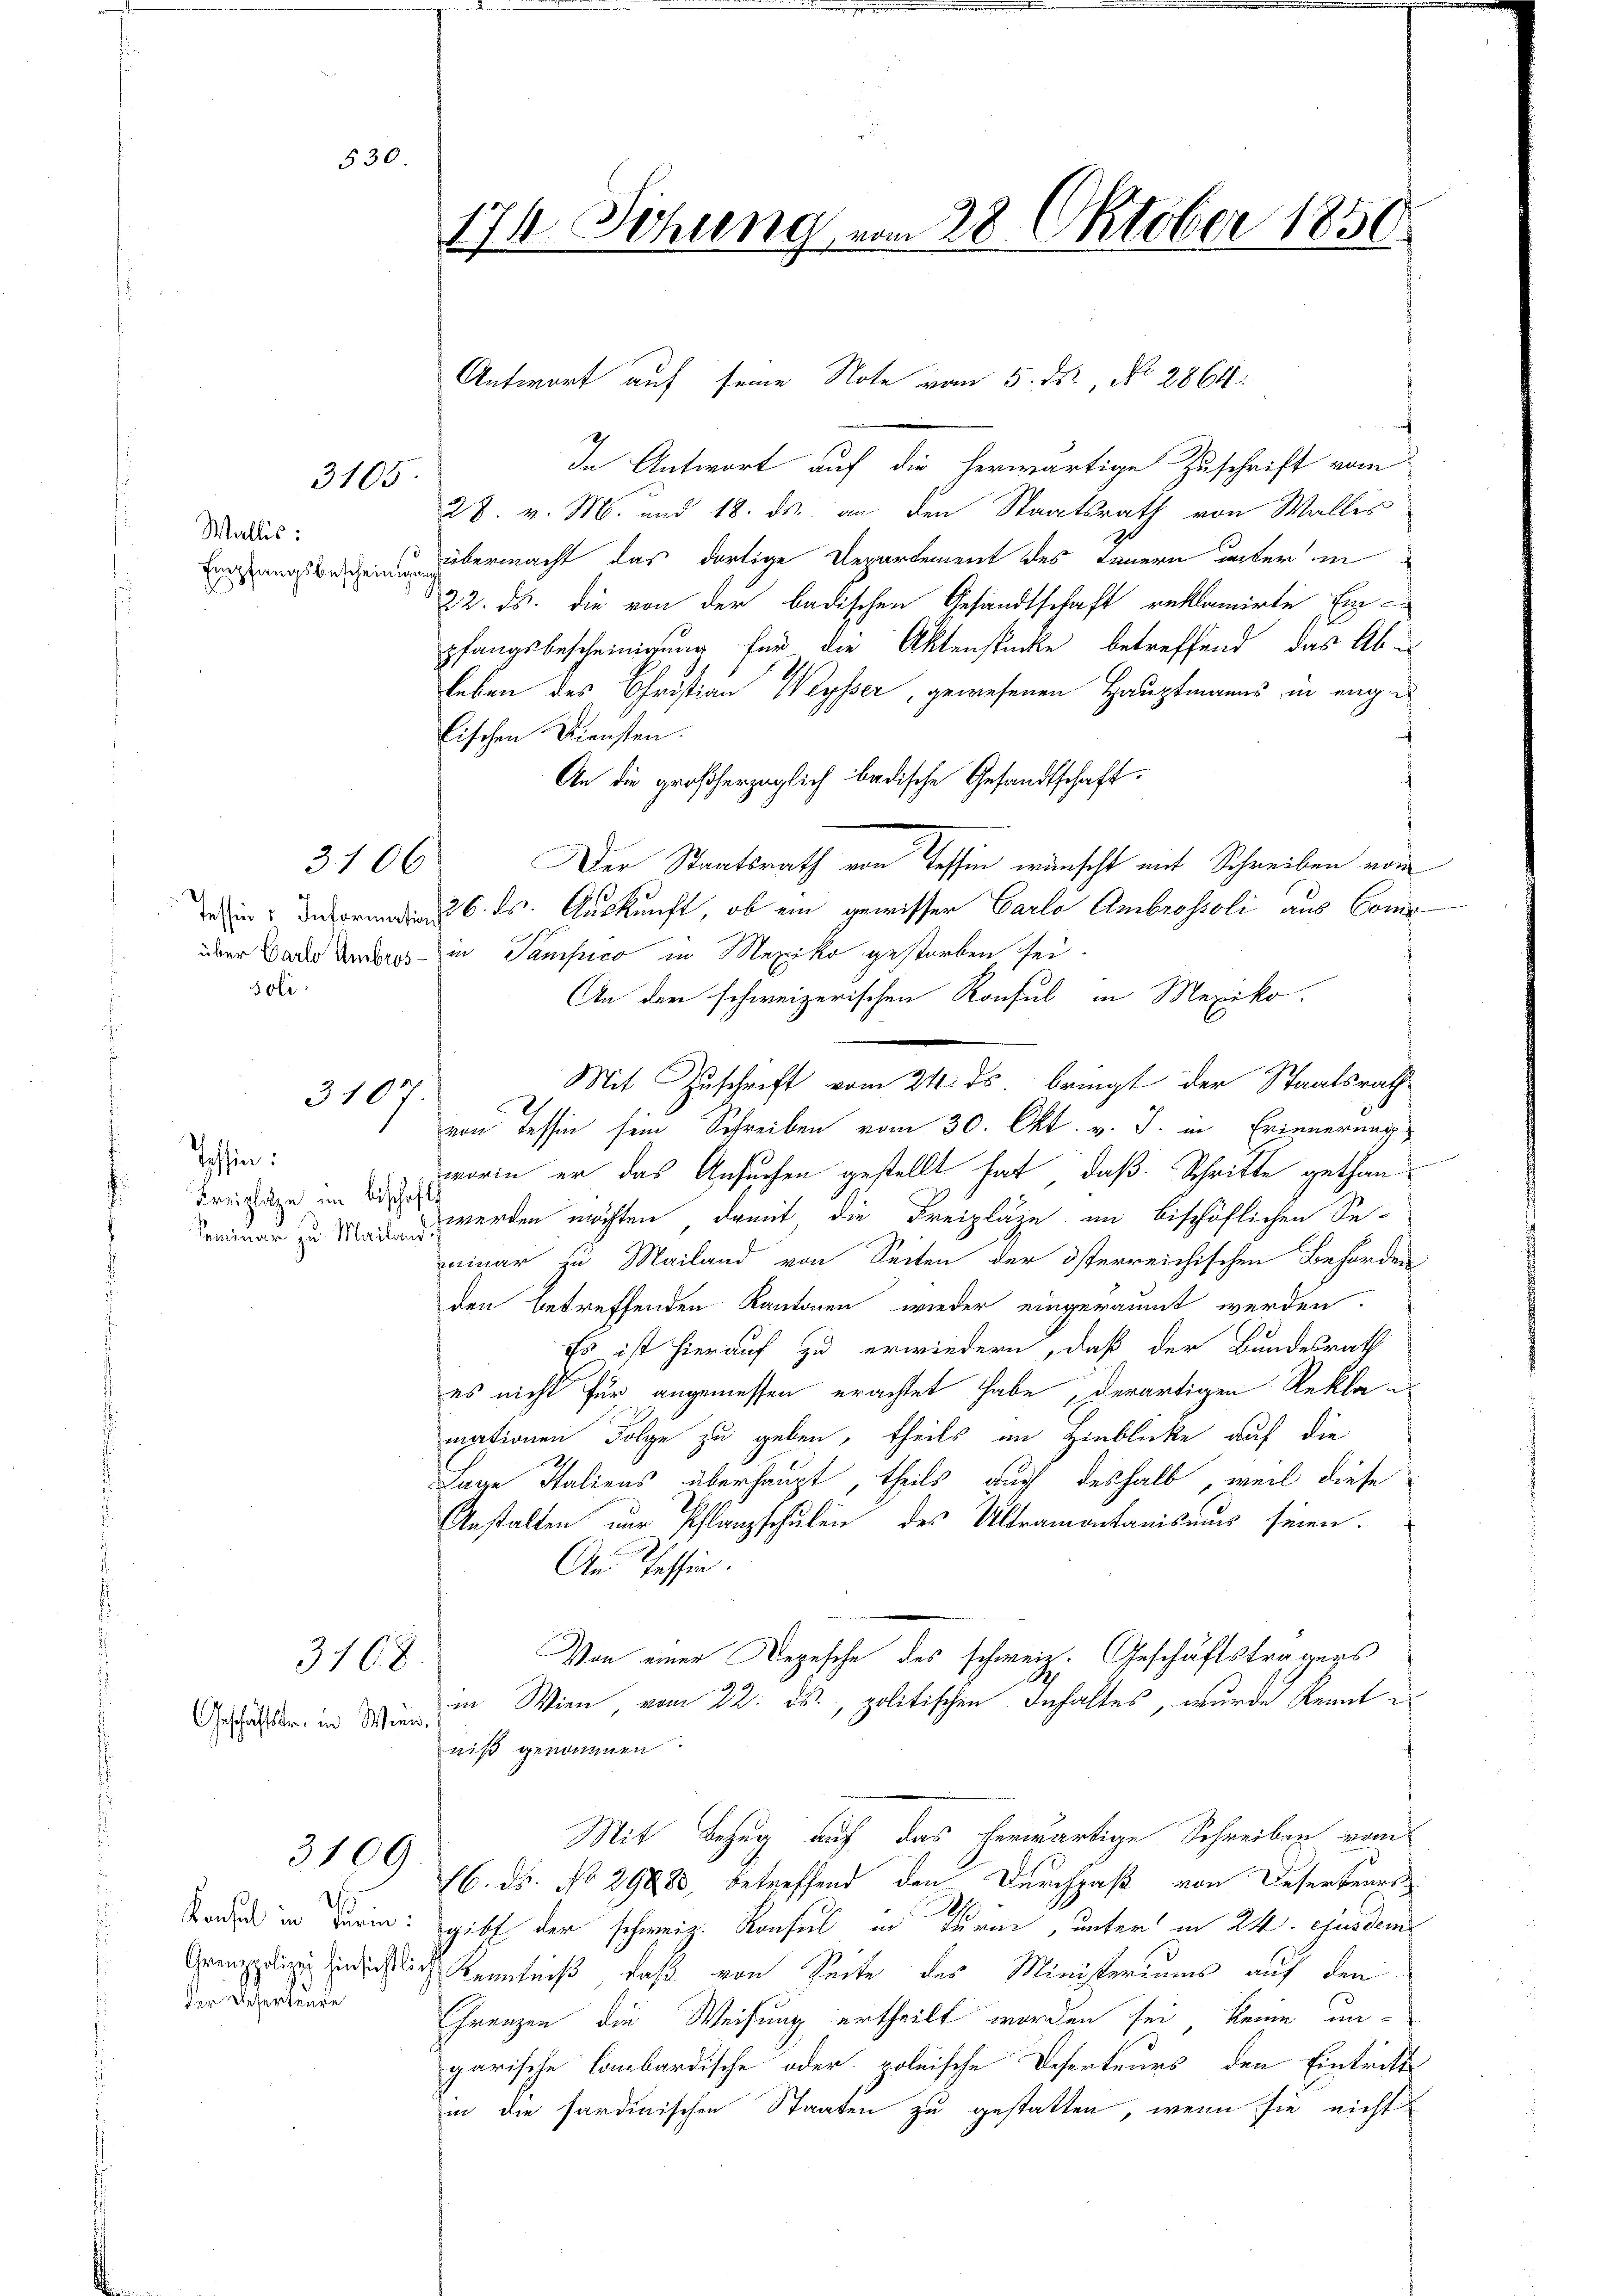
530.

3105

Wallis:
Empfangsbescheinigung
d

3106

3107.

Tessin:
Kreiplatze im bischaft

Geschäftstr. in Wien,

3168

3109

Konsul in Turin:
Grenzpolizey hinsichtlider Desenteure

Joli

In Antwort auf die herwärtige Zuschrift vom
28. v. M. und 18. ds. an den Staatsrath von Wallis
übermacht, das dortige Departement des Innern unter in
22. ds. die von der badischen Gesandtschaft reklamirte Ein-
pfangsbescheinigung für die Aktenstücke betreffend das Ab-
leben des Christian Weysser, gewesenen Hauptmanns in enge
lischen Diensten.
An die großherzoglich badische Gesandtschaft.
Der Staatsrath von Tessin wünscht mit Schreiben vom
in orden 6. ds. Auskunft, ob ein gewisser Carlo Ambrostoli aus Come
über das Anderes in Sampico in Mexiko gestorben sei.
An den schweizerischen Konsul in Mexiko.
von Tessin sein Schreiben vom 30. Okt. v. J. in Erinnernat
worin er das Ansuchen gestellt hat, daß Schritte gethan¬
Seminar zu werden möchten, damit die Freizläze im bischöflichen Se-
minar zu Mailand von Seiten der österreichischen Behörden
den betreffenden Kantonen wieder eingeräumt werden.
Es ist hierauf zu erwiedern, daß der Bundesrath
es nicht für angemessen erachtet habe, derartigen Rekla
mationen Folge zu geben, theils im Hinblicke auf die
Lage Italiens überhaupt, theils auch deshalb, weil diese
Anstalten nur Pflanzschulen des Ultramontanismus seien.
An Tessin.
Von einer Depesche des schweiz. Geschäftsträgers
in Wien, vom 22. ds., politischen Inhaltes, wurde kennt is
niß genommen.
Mit Bezug auf das herwärtige Schreiben vom
16. ds. No 29883, betreffend den Durchpaß von Deserteurs
gibt der schweiz. Konsul in Turm, unter in 24. Ausdem
d Kenntniß, daß von Seite des Ministeriums auf den
Grenzen die Weisung ertheilt worden sei, keine ungarische lombardische oder polnische Deserteurs den Eintritt
in die sardinischen Staaten zu gestatten, wenn sie nicht

174. Sitzung vom 28. Oktober 1850.

Antwort auf seine Note vom 5. ds., No 2864.

Mit Zuschrift vom 24. ds. bringt der Staatsrath